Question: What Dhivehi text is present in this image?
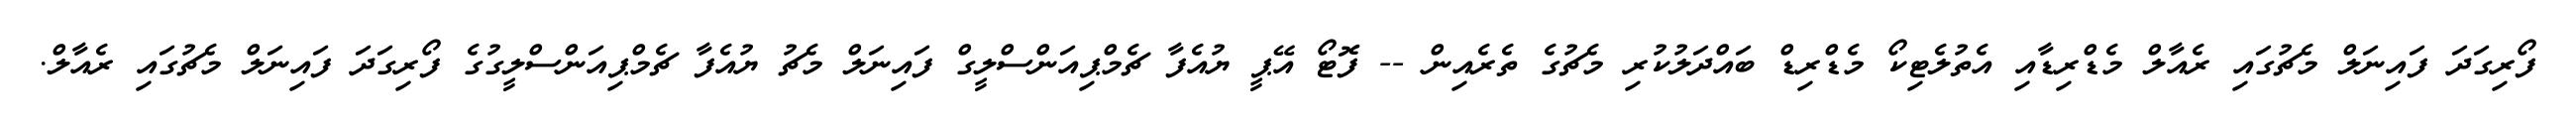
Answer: ފޯރިގަދަ ފައިނަލް މެޗުގައި ރެއާލް މެޑްރިޑާއި އެތުލެޓިކޯ މެޑްރިޑް ބައްދަލުކުރި މެޗުގެ ތެރެއިން -- ފޮޓޯ އޭޕީ ޔުއެފާ ޗެމްޕިއަންސްލީގް ފައިނަލް މެޗު ޔުއެފާ ޗެމްޕިއަންސްލީގުގެ ފޯރިގަދަ ފައިނަލް މެޗުގައި ރެއާލް.